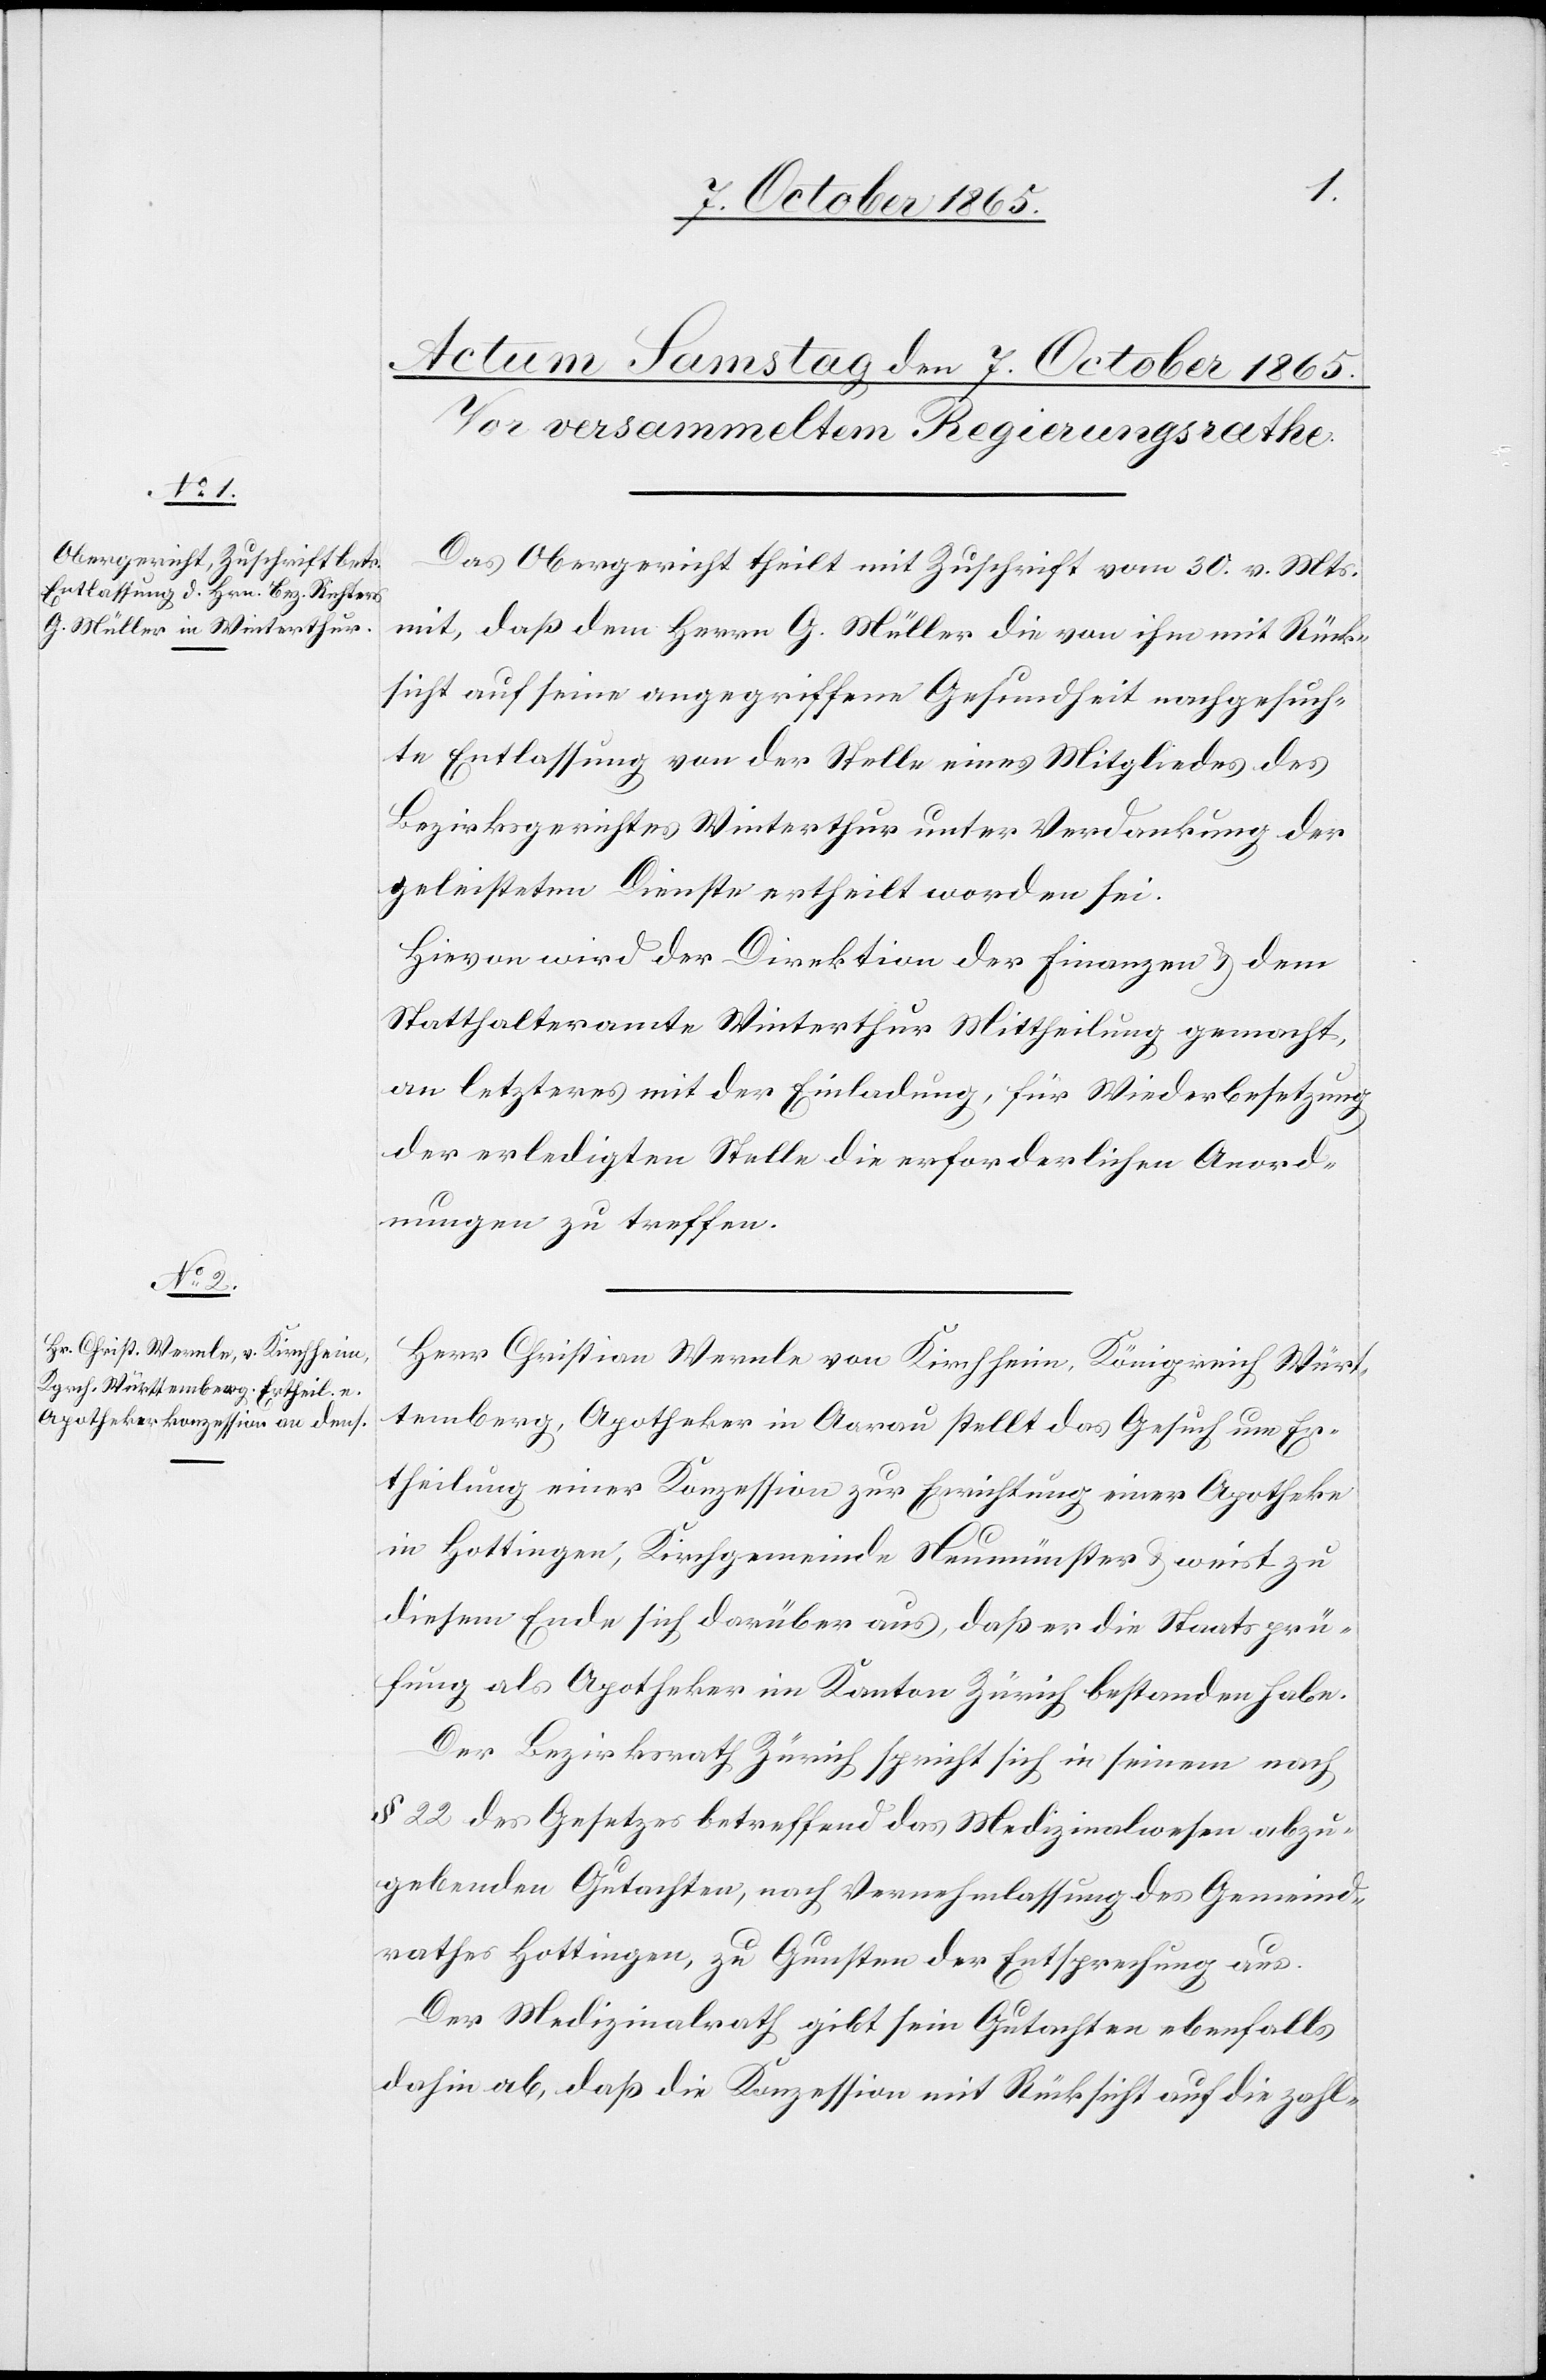
Das Obergericht theilt mit Zuschrift vom 30. v. Mts.
mit, daß dem Herrn G. Müller die von ihm mit Rück¬
sicht auf seine angegriffene Gesundheit nachgesuch¬
te Entlassung von der Stelle eines Mitgliedes des
Bezirksgerichtes Winterthur unter Verdankung der
geleisteten Dienste ertheilt worden sei.
Hievon wird der Direktion der Finanzen & dem
Statthalteramte Winterthur Mittheilung gemacht,
an letzteres mit der Einladung, für Wiederbesetzung
der erledigten Stelle die erforderlichen Anord¬
nungen zu treffen.
Herr Christian Wernle von Kirchheim, Königreich Würt¬
temberg, Apotheker in Aarau stellt das Gesuch um Er¬
theilung einer Konzession zur Errichtung einer Apotheke
in Hottingen, Kirchgemeinde Neumünster & weist zu
diesem Ende sich darüber aus, daß er die Staatsprü¬
fung als Apotheker im Kanton Zürich bestanden habe.
Der Bezirksrath Zürich spricht sich in seinem nach
§ 22 des Gesetzes betreffend das Medizinalwesen abzu¬
gebenden Gutachten, nach Vernehmlassung des Gemeind¬
rathes Hottingen, zu Gunsten der Entsprechung aus.
Der Medizinalrath gibt sein Gutachten ebenfalls
dahin ab, daß die Konzession mit Rücksicht auf die zahl-